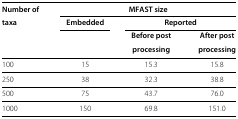
<table><thead><tr><td><b>Number of</b></td><td colspan="3"><b>MFAST size</b></td></tr></thead><tbody><tr><td><b>taxa</b></td><td><b>Embedded</b></td><td colspan="2"><b>Reported</b></td></tr><tr><td> </td><td> </td><td><b>Before post</b></td><td><b>After post</b></td></tr><tr><td> </td><td> </td><td><b>processing</b></td><td><b>processing</b></td></tr><tr><td>100</td><td>15</td><td>15.3</td><td>15.8</td></tr><tr><td>250</td><td>38</td><td>32.3</td><td>38.8</td></tr><tr><td>500</td><td>75</td><td>43.7</td><td>76.0</td></tr><tr><td>1000</td><td>150</td><td>69.8</td><td>151.0</td></tr></tbody></table>